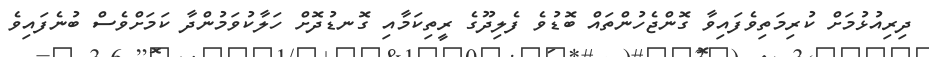
ދިރިއުޅުމަށް ކުރިމަތިވެފައިވާ ގޮންޖެހުންތައް ބޮޑުވެ ފެލިދޫގެ ރީތިކަމާއި ގޮނޑުދޮށް ހަލާކުވަމުންދާ ކަަމަށްވެސް ބުނެފައިވެ